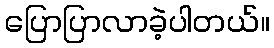
ပြောပြာလာခဲ့ပါတယ်။